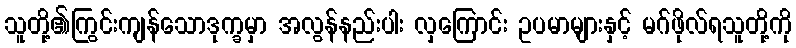
သူတို့၏ကြွင်းကျန်သောဒုက္ခမှာ အလွန်နည်းပါး လှကြောင်း ဥပမာများနှင့် မဂ်ဖိုလ်ရသူတို့ကို